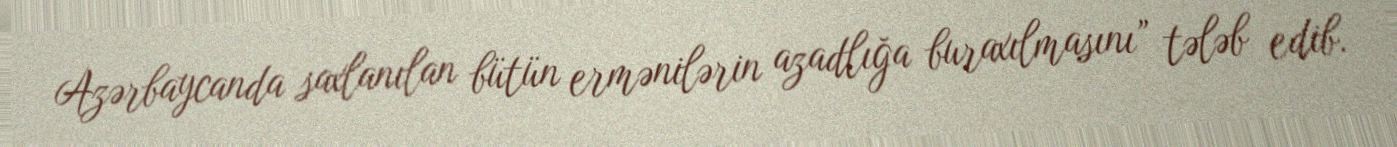
Azərbaycanda saxlanılan bütün ermənilərin azadlığa buraxılmasını” tələb edib.